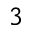
3